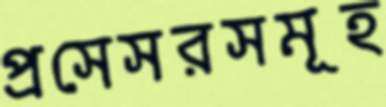
প্রসেসরসমূহ